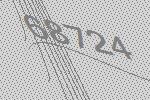
68724